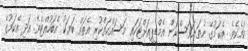
ކަމެކެވެ. އެކަމުގެ ނުތަނަވަސްކަން އެމްޑީޕީއަށްޓަކައި މަސައްކަތްކުރި އެތައް ބަޔަކު އެބަހުއްޓެވެ. އަދި އެކަމުގެ